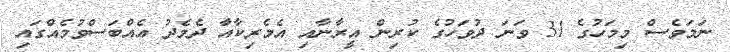
ނަމަވެސް މިމަހުގެ 31 ވަނަ ދުވަހުގެ ކުރިން އީރާނާއި އެމެރިކާއާ ދެމެދު އެއްބަސްވުމެއްގައި